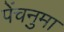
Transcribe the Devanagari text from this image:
पेंचनुमा